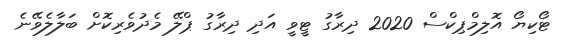
ޓޯކިޔޯ އޮލިމްޕިކްސް 2020 ދިރާގު ޓީވީ އަދި ދިރާގު ޕްލޭ މެދުވެރިކޮށް ބަލާލެވޭނެ